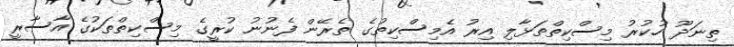
ތިނަދޫ ހުކުރު މިސްކިތްތަޅާލި އިރު އެމިސްކިތުގެ ތެރޭން ފެނުނު ކުރީގެ މިސްކިތްތަކުގެ އާސާރީ